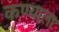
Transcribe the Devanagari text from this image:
कण्याला